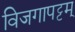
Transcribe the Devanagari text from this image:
विजगापट्टम्